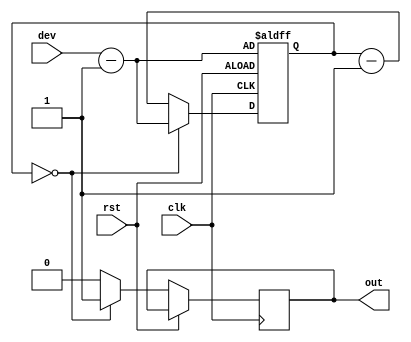
module devider
(
	input clk,
	input rst,
	input [31:0]dev,
	output reg out
);


reg [31:0]count = 0;

always @(posedge clk, posedge rst)
//    1
if(rst)
	count <= dev - 1;
else
	begin
		count <= count - 1;
		if(count == 0)
		begin
			count <= dev - 1;
			out <= 1;
		end
		else
			out <= 0;
	end

endmodule